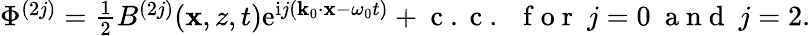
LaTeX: \begin{array}{r}{\Phi^{(2j)}=\frac{1}{2}B^{(2j)}(\mathbf{x},z,t)\mathrm{e}^{\mathrm{i}j(\mathbf{k}_{0}\cdot\mathbf{x}-\omega_{0}t)}+\mathrm{~c~.~c~.~}~\mathrm{~f~o~r~}~j=0~\mathrm{~a~n~d~}~j=2.}\end{array}